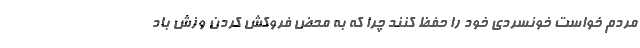
مردم خواست خونسردی خود را حفظ کنند چرا که به محض فروکش کردن وزش باد